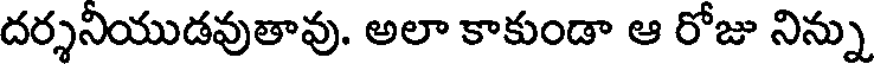
దర్శనియుడవుతావు. అలా కాకుండా ఆ రోజు నిన్ను